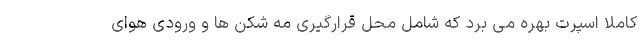
کاملا اسپرت بهره می برد که شامل محل قرارگیری مه شکن ها و ورودی هوای